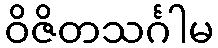
ဝိဇိတသင်္ဂါမ